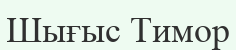
Шығыс Тимор